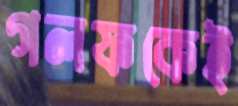
গলফকেই